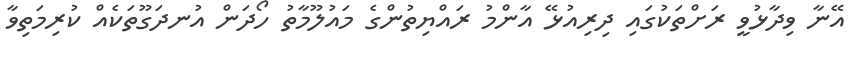
އޭނާ ވިދާޅުވީ ރަށްތަކުގައި ދިރިއުޅޭ އާންމު ރައްޔިތުންގެ މައުލޫމާތު ހޯދަން އުނދަގޫތަކެއް ކުރިމަތިވާ